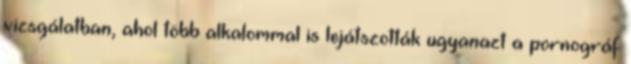
vizsgálatban, ahol több alkalommal is lejátszották ugyanazt a pornográf